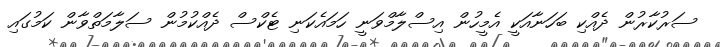
ސަރުކާރުން ދެއްކި ބަހަނާއަކީ އެމީހުން އިސްލާމްވަނީ ހަމައެކަނި ޓެކްސް ދެއްކުމުން ސަލާމަތްވާން ކަމުގައި